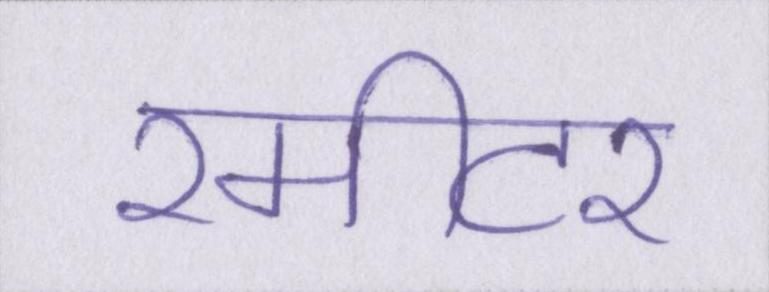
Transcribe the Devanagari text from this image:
२मीटर